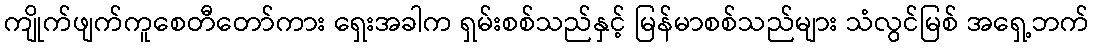
ကျိုက်ဖျက်ကူစေတီတော်ကား ရှေးအခါက ရှမ်းစစ်သည်နှင့် မြန်မာစစ်သည်များ သံလွင်မြစ် အရှေ့ဘက်